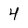
Character: 4